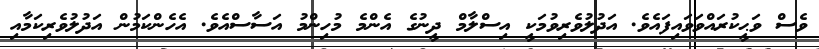
ވެސް ވަޙީކުރައްވަވައިފައެވެ. އަދުލުވެރިވުމަކީ އިސްލާމް ދީނުގެ އެންމެ މުހިންމު އަސާސްއެވެ. އެހެންކަމުން އަދުލުވެރިކަމާއި